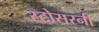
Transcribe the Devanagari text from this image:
स्टोसरनी